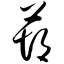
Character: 葫